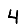
Digit: 4